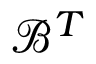
{ \mathcal { B } } ^ { T }